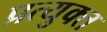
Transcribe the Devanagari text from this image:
प्रत्युक्त